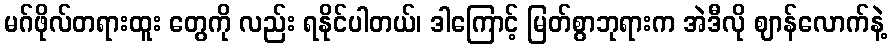
မဂ်ဖိုလ်တရားထူး တွေကို လည်း ရနိုင်ပါတယ်၊ ဒါကြောင့် မြတ်စွာဘုရားက အဲဒီလို ဈာန်လောက်နဲ့